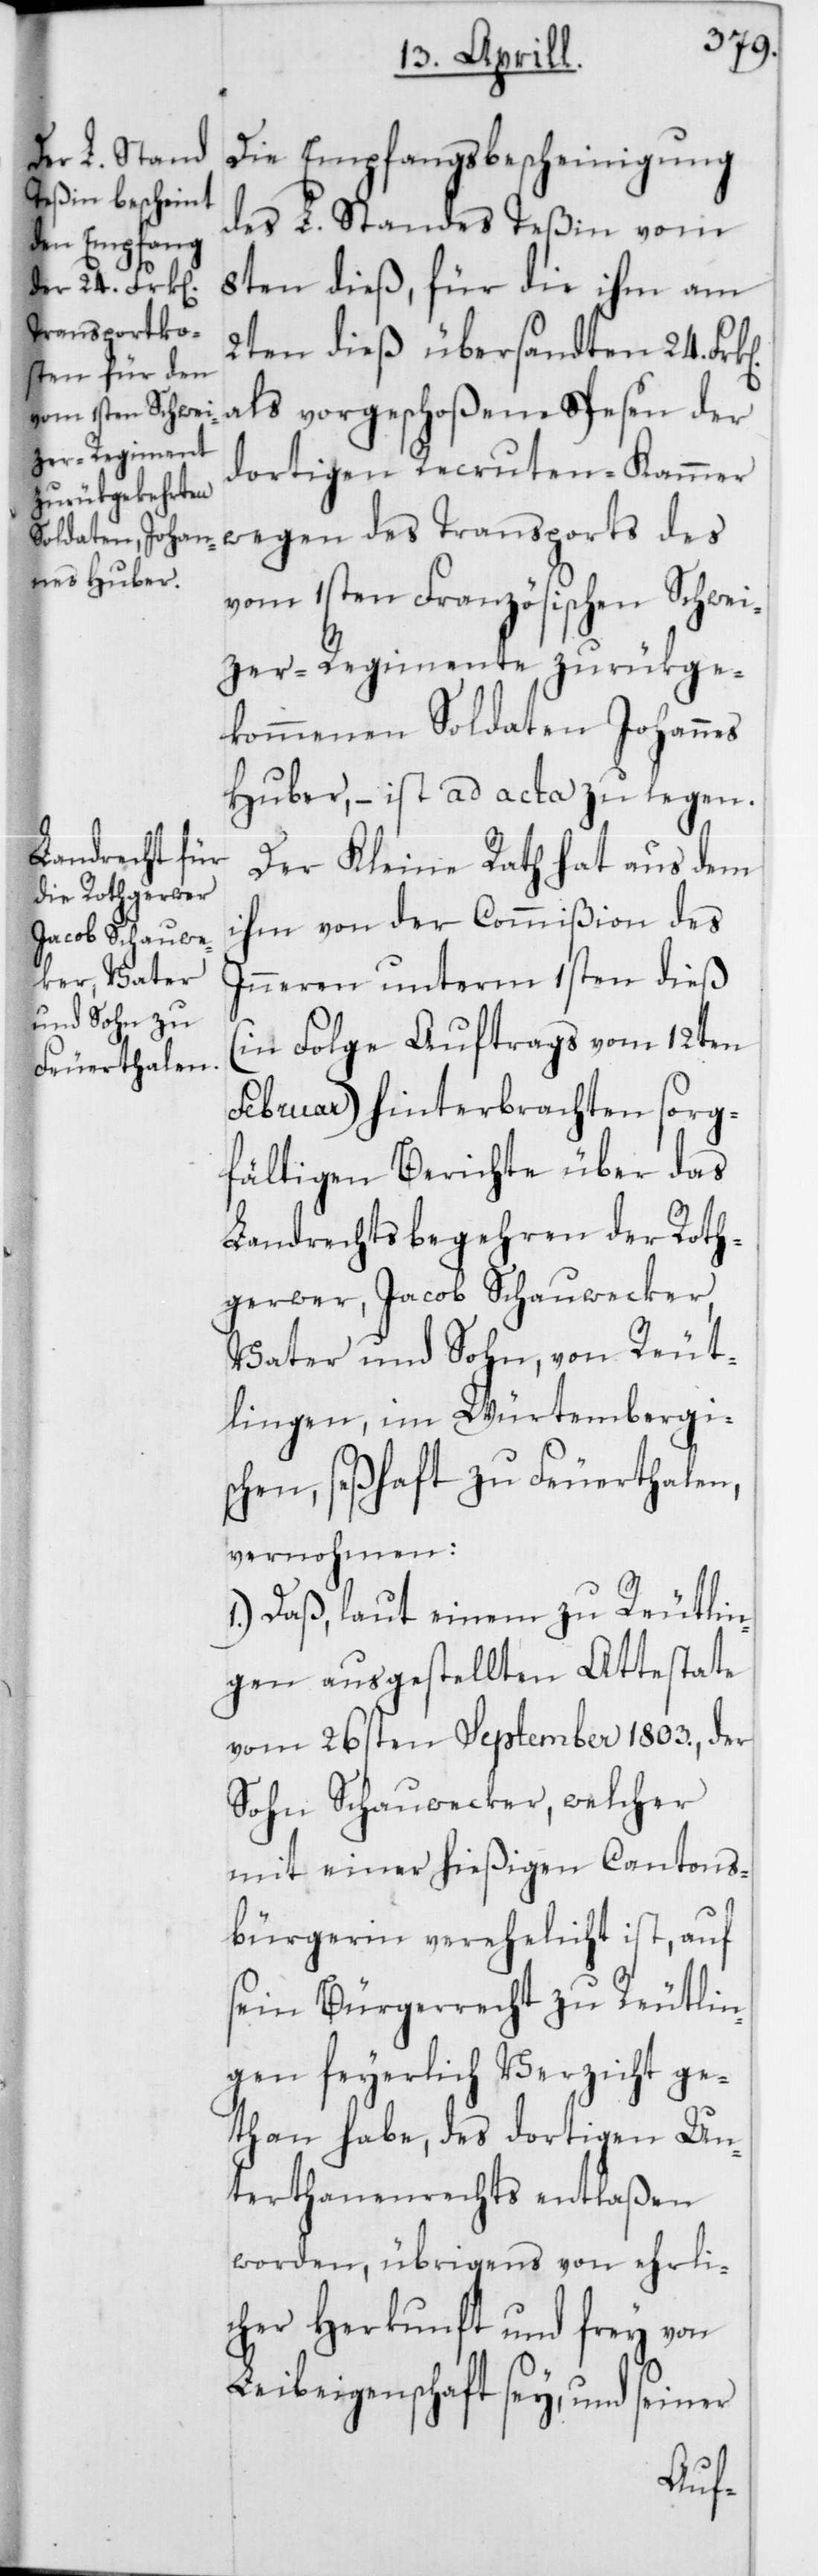
Die Empfangsbescheinigung
des L. Standes Teßin vom
8ten dieß, für die ihm am
2ten dieß übersandten 24.
als vorgeschoßene Spesen der
dortigen Recruten-Kammer
wegen des Transports des
vom 1sten Französischen Schwei¬
zer-Regimente zurükge¬
kommenen Soldaten Johannes
Huber, – ist ad acta zu legen.
Der Kleine Rath hat aus dem
ihm von der Commißion des
Inneren unterm 1sten dieß
(in Folge Auftrags vom 12ten
Februar) hinterbrachten sorg¬
fältigen Berichte über das
Landrechtsbegehren der Roth¬
gerwer, Jacob Schauwecker,
Vater und Sohn, von Reut¬
lingen, im Würtembergi¬
schen, seßhaft zu Feuerthalen,
vernohmen:
1.) Daß, laut einem zu Reutlin¬
gen ausgestellten Attestate
vom 26sten September 1803., der
Sohn Schauwecker, welcher
mit einer hießigen Cantons¬
bürgerin verehelicht ist, auf
sein Bürgerrecht zu Reutlin¬
gen feyerlich Verzicht ge¬
than habe, des dortigen Un¬
terthanenrechts entlaßen
worden, übrigens von ehrli¬
cher Herkunft und frey von
Leibeigenschaft sey, und seiner